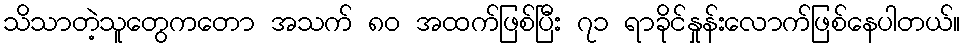
သိသာတဲ့သူတွေကတော အသက် ၈၀ အထက်ဖြစ်ပြီး ၇၁ ရာခိုင်နှုန်းလောက်ဖြစ်နေပါတယ်။